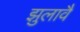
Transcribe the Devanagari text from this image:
झुलावै